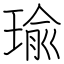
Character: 瑜